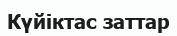
Күйіктас заттар